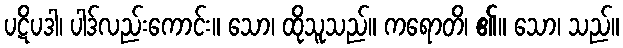
ပဋိပဒါ၊ ပါဒ်လည်းကောင်း။ သော၊ ထိုသူသည်။ ကရောတိ၊ ၏။ သော၊ သည်။